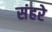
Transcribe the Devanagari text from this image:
संहरे